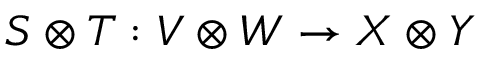
S \otimes T : V \otimes W \to X \otimes Y